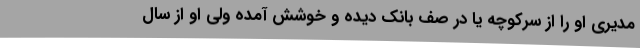
مدیری او را از سرکوچه یا در صف بانک دیده و خوشش آمده ولی او از سال